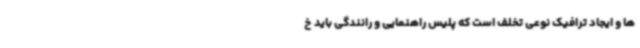
ها و ایجاد ترافیک نوعی تخلف است که پلیس راهنمایی و رانندگی باید خ